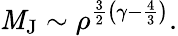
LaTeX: \mathit{M}_{\mathrm{{J}}}\sim\rho^{{\frac{{3}}{{2}}}\left(\gamma-{\frac{{4}}{{3}}}\right)}.